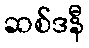
ဆစ်ဒနီ